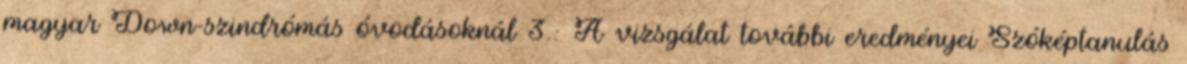
magyar Down-szindrómás óvodásoknál 3.: A vizsgálat további eredményei Szóképtanulás